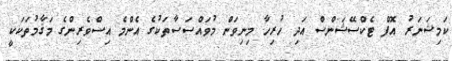
ކަމިޝަނަރު އޮފް ޓެކްސޭޝަންސް އަދި ހުރިހާ މިނިވަން މުވައްސަސާތަކުގެ އެންމެ އިސްވެރިންގެ މަޤާމުތަކަކީ